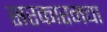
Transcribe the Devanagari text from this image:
सरकारनचा